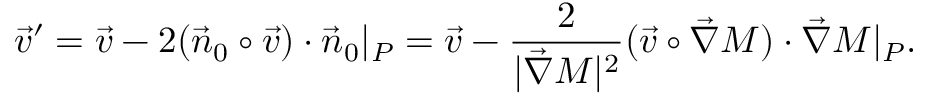
\vec { v } ^ { \prime } = \vec { v } - 2 ( \vec { n } _ { 0 } \circ \vec { v } ) \cdot \vec { n } _ { 0 } | _ { P } = \vec { v } - \frac { 2 } { | \vec { \nabla } M | ^ { 2 } } ( \vec { v } \circ \vec { \nabla } M ) \cdot \vec { \nabla } M | _ { P } .